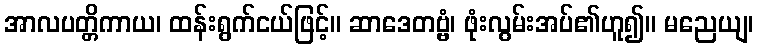
အာလပတ္တိကာယ၊ ထန်းရွက်ငယ်ဖြင့်။ ဆာဒေတဗ္ဗံ၊ ဖုံးလွမ်းအပ်၏ဟူ၍။ မညေယျ၊